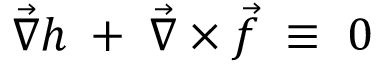
\vec { \nabla } h \; + \; \vec { \nabla } \times \vec { f } \; \equiv \; 0